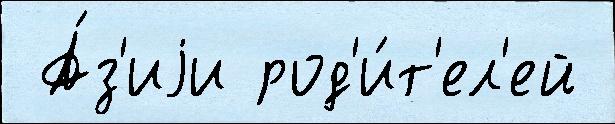
 А́з'иjи род'и́т'ел'ей